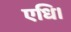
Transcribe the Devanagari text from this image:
एधि।